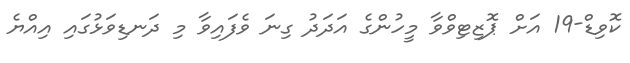
ކޮވިޑް-19 އަށް ޕޮޒިޓިވްވާ މީހުންގެ އަދަދު ގިނަ ވެފައިވާ މި ދަނޑިވަޅުގައި އިއްޔެ